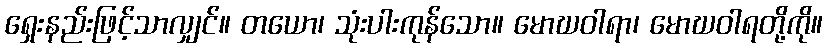
ရှေးနည်းဖြင့်သာလျှင်။ တယော၊ သုံးပါးကုန်သော။ မောဃဝါရာ၊ မောဃဝါရတို့ကို။